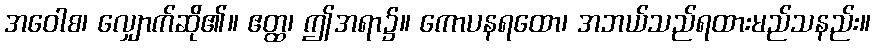
အဝေါစ၊ လျှောက်ဆို၏။ ဧတ္ထ၊ ဤအရာ၌။ ကောပနရထော၊ အဘယ်သည်ရထားမည်သနည်း။